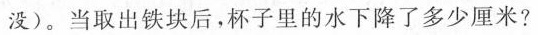
没)。当取出铁块后，杯子里的水下降了多少厘米?